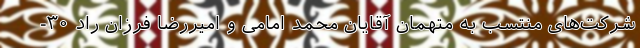
شرکت‌های منتسب به متهمان آقایان محمد امامی و امیررضا فرزان راد ۳۰-